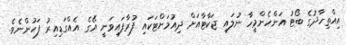
އިއްތިހާދުގެ ބޯޓު އަންހެންމީހާ ނުލައި ޖަކާޓާއަށް ދިއުމަށްޓަކައި ފުރާފައިވަނީ އޭގެ އެއްގަޑިއިރު ފަހުންނެވެ.